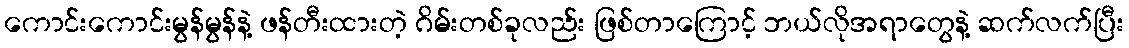
ကောင်းကောင်းမွန်မွန်နဲ့ ဖန်တီးထားတဲ့ ဂိမ်းတစ်ခုလည်း ဖြစ်တာကြောင့် ဘယ်လိုအရာတွေနဲ့ ဆက်လက်ပြီး